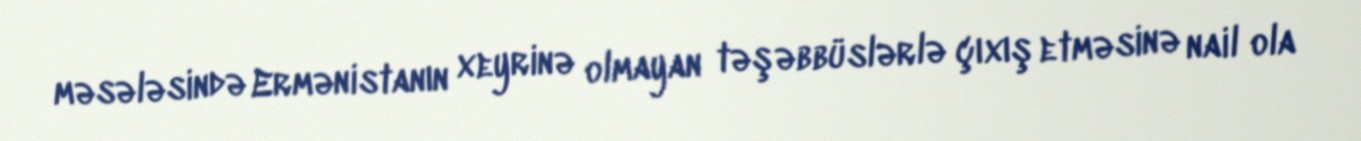
məsələsində Ermənistanın xeyrinə olmayan təşəbbüslərlə çıxış etməsinə nail ola